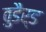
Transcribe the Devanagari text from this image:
वुडैर्ड